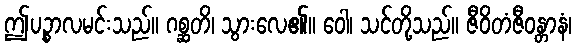
ဤပဉ္စာလမင်းသည်။ ဂစ္ဆတိ၊ သွားလေ၏။ ဝေါ၊ သင်တို့သည်။ ဇီဝိတံဇီဝန္တာနံ၊